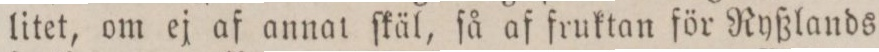
litet, om ej af annat ſkäl, ſå af fruktan för Ryßlands